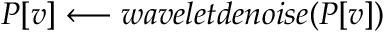
P [ v ] \longleftarrow w a v e l e t d e n o i s e ( P [ v ] )